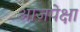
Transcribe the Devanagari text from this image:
आजपेक्षा